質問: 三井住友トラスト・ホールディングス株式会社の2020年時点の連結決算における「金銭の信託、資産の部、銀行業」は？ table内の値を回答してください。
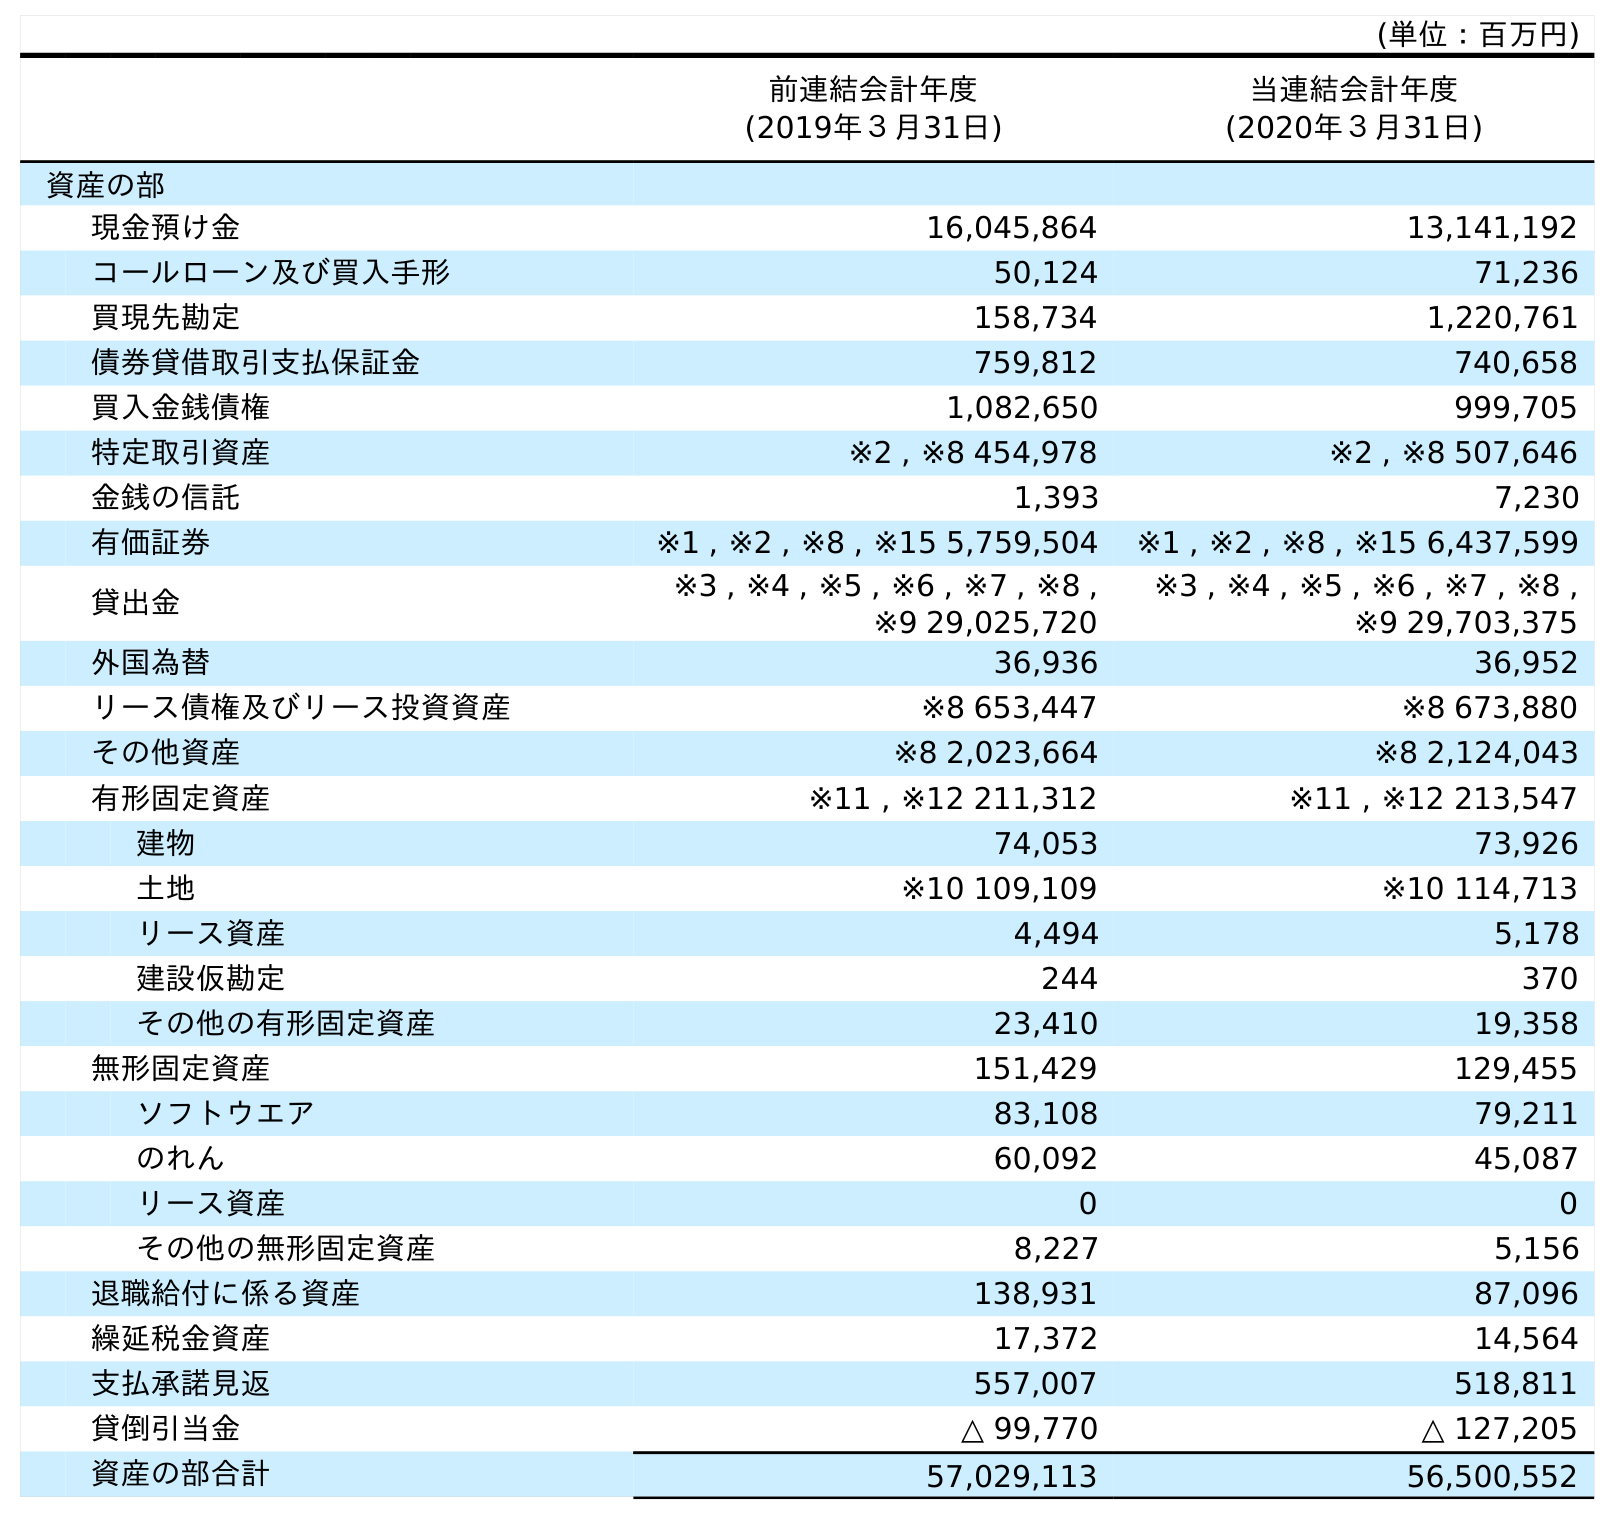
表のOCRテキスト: (単位：百万円) 前連結会計年度 (2019年３月31日) 当連結会計年度 (2020年３月31日) 資産の部 現金預け金 16,045,864 13,141,192 コールローン及び買入手形 50,124 71,236 買現先勘定 158,734 1,220,761 債券貸借取引支払保証金 759,812 740,658 買入金銭債権 1,082,650 999,705 特定取引資産 ※2 , ※8 454,978 ※2 , ※8 507,646 金銭の信託 1,393 7,230 有価証券 ※1 , ※2 , ※8 , ※15 5,759,504 ※1 , ※2 , ※8 , ※15 6,437,599 貸出金 ※3 , ※4 , ※5 , ※6 , ※7 , ※8 , ※9 29,025,720 ※3 , ※4 , ※5 , ※6 , ※7 , ※8 , ※9 29,703,375 外国為替 36,936 36,952 リース債権及びリース投資資産 ※8 653,447 ※8 673,880 その他資産 ※8 2,023,664 ※8 2,124,043 有形固定資産 ※11 , ※12 211,312 ※11 , ※12 213,547 建物 74,053 73,926 土地 ※10 109,109 ※10 114,713 リース資産 4,494 5,178 建設仮勘定 244 370 その他の有形固定資産 23,410 19,358 無形固定資産 151,429 129,455 ソフトウエア 83,108 79,211 のれん 60,092 45,087 リース資産 0 0 その他の無形固定資産 8,227 5,156 退職給付に係る資産 138,931 87,096 繰延税金資産 17,372 14,564 支払承諾見返 557,007 518,811 貸倒引当金 △ 99,770 △ 127,205 資産の部合計 57,029,113 56,500,552
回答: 7,230